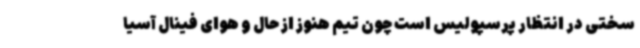
سختی در انتظار پرسپولیس است چون تیم هنوز از حال و هوای فینال آسیا